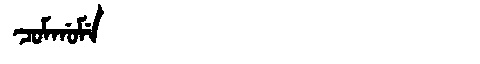
Manchu: ᠴᠣᠮᡤᠣᠮᡝ
Romanization: COMGOME